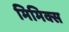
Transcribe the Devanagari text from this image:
मिमिक्स